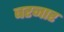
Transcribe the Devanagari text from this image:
बरनार